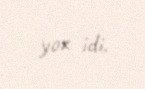
yox idi.